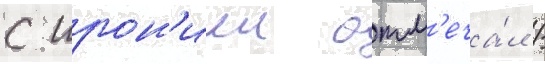
с ирон'иеи отм'еча́л /